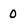
Character: 0